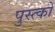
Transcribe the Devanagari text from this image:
पुस्त्कों